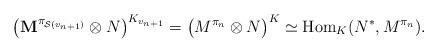
LaTeX: \begin{align*}\bigl(\mathbf{M}^{\pi_{\mathcal{S}(v_{n+1})}}\otimes N\bigr)^{K_{v_{n+1}}}=\bigl(M^{\pi_{n}}\otimes N\bigr)^{K}\simeq\textup{Hom}_K(N^*,M^{\pi_{n}}).\end{align*}